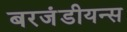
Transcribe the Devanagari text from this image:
बरजंडीयन्स